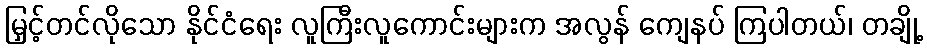
မြှင့်တင်လိုသော နိုင်ငံရေး လူကြီးလူကောင်းများက အလွန် ကျေနပ် ကြပါတယ်၊ တချို့